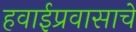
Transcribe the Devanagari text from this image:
हवाईप्रवासाचे